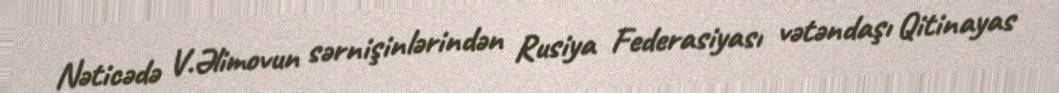
Nəticədə V.Əlimovun sərnişinlərindən Rusiya Federasiyası vətəndaşı Qitinayas